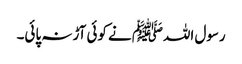
رسول اللہﷺ نے کوئی آڑ نہ پائی۔